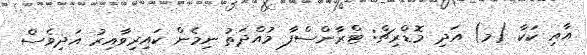
އާއި ކަކާ (މ) އަދި މޮޑްރިޗް: ޓްރާންސްފާ މުއްދަތު ނިމެން ކައިރިވާއިރު އަދިވެސް